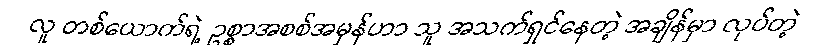
လူ တစ်ယောက်ရဲ့ ဥစ္စာအစစ်အမှန်ဟာ သူ အသက်ရှင်နေတဲ့ အချိန်မှာ လုပ်တဲ့